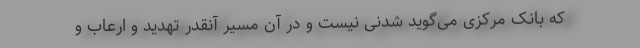
که بانک مرکزی می‌گوید شدنی نیست و در آن مسیر آنقدر تهدید و ارعاب و